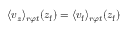
\langle v _ { z } \rangle _ { r \varphi t } ( z _ { \mathrm { f } } ) = \langle v _ { \mathrm { f } } \rangle _ { r \varphi t } ( z _ { \mathrm { f } } )